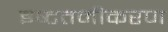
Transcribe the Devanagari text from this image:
इष्‍टतमीकरण